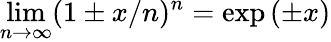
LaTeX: \operatorname*{lim}_{n\to\infty}(1\pm x/n)^{n}=\exp\left(\pm x\right)